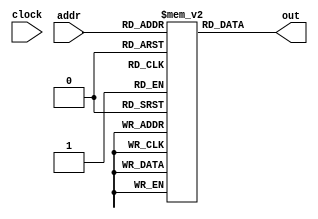
module rom(output [31:0] out,
	 input [9:0]  addr,
	 input 	      clock);


   reg [31:0] 	      mem[1023:0];

   initial  //       CONDOPICMD SRn  Rd           Rs2
     begin  //       xxxx----xxxx----xxxx----xxxx----
	mem[0] = 32'b11100000000000010010000000000011;
	// queste sono quelle del libro Fig. 6.19
	mem[4] = 32'b11100000100001100101000000000111;  // add r5, r6, r7
	mem[8] = 32'b11100000010001100101000000000111;  // sub r5, r6, r7
	mem[12] = 32'b11100010100000010000000000101010; // add r0, r1, #42
	mem[16] = 32'b11100010010000110010111011111111; // sub r2, r3, #0xFF0
	
	
     end
		 
   assign
     out = mem[addr];
   
endmodule